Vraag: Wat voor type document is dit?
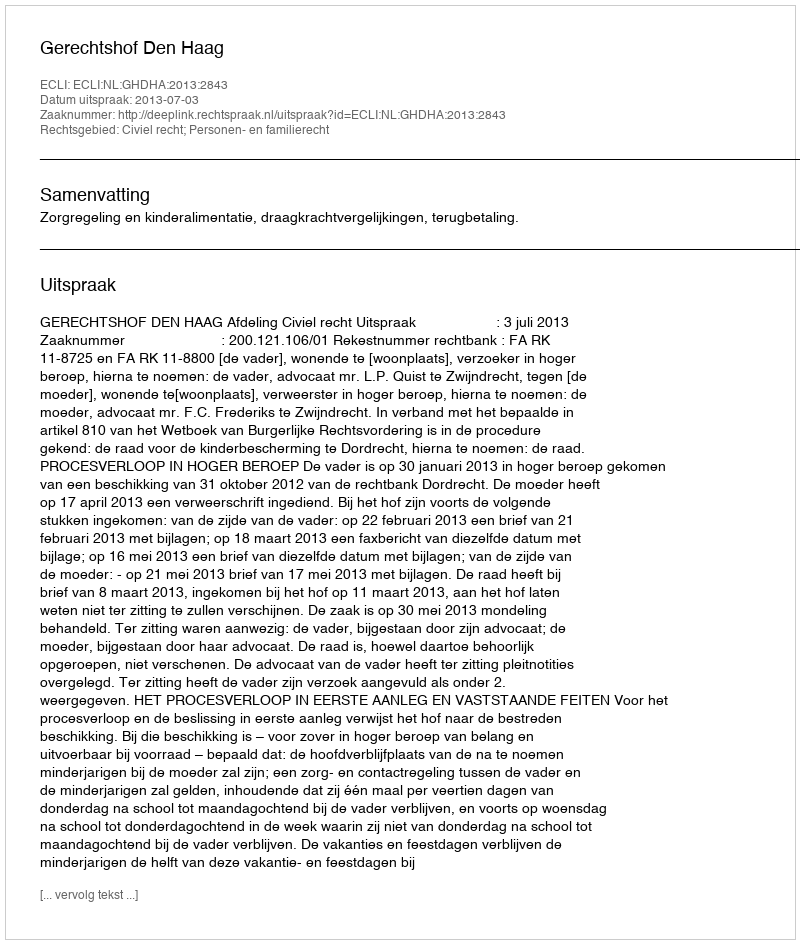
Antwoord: Uitspraak